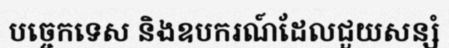
បច្ចេកទេស និងឧបករណ៍ដែលជួយសន្សំ